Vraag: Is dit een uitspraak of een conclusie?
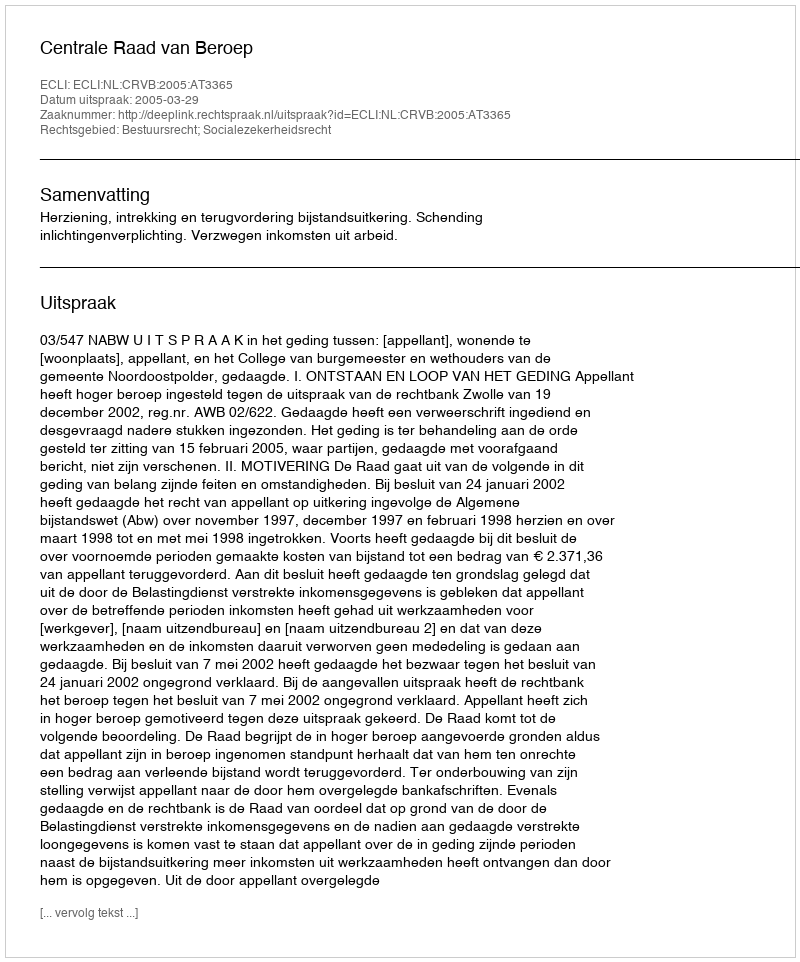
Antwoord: Uitspraak